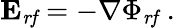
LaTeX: \mathbf{E}_{\mathit{rf}}=-\nabla\Phi_{\mathit{rf}}\; .